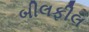
બીલફીલ